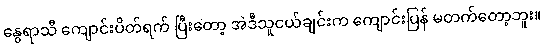
နွေရာသီ ကျောင်းပိတ်ရက် ပြီးတော့ အဲဒီသူငယ်ချင်းက ကျောင်းပြန် မတက်တော့ဘူး။